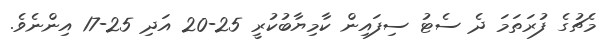
މެޗުގެ ފުރަތަމަ ދެ ސެޓު ސިފައިން ކާމިޔާބުކުރީ 25-20 އަދި 25-17 އިންނެވެ.